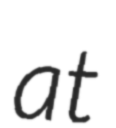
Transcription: at